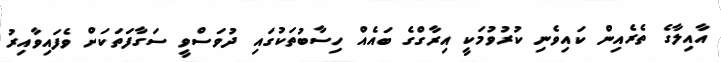
އާއިލާގެ ތެރެއިން ކައިވެނި ކުރުވުމަކީ އިރާގްގެ ބައެއް ހިސާބުތަކުގައި ދުވަސްވީ ސަގާފަތަކަށް ވެފައިވާއިރު